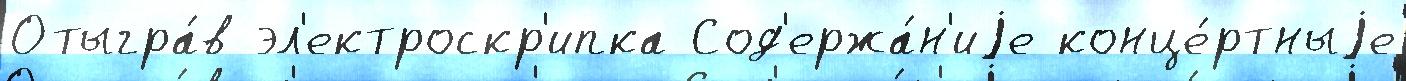
Отыгра́в эл'ектроскр'ипка Сод'ержа́н'иjе конце́ртныjе